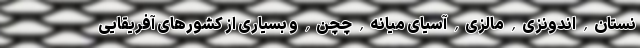
نستان, اندونزی, مالزی, آسیای میانه, چچن, و بسیاری از کشورهای آفریقایی